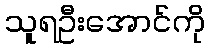
သူရဦးအောင်ကို